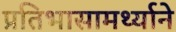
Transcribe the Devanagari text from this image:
प्रतिभासामर्थ्याने